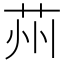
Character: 𦭴